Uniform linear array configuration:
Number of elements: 32
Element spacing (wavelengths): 0.5
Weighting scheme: uniform
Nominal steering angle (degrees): -30
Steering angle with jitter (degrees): -28.241
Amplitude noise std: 0.05
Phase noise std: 0.05

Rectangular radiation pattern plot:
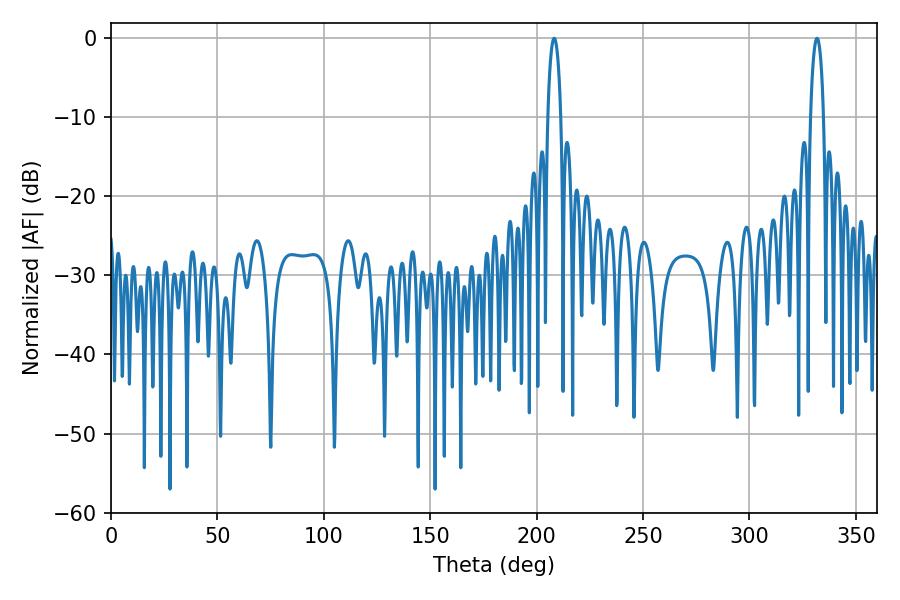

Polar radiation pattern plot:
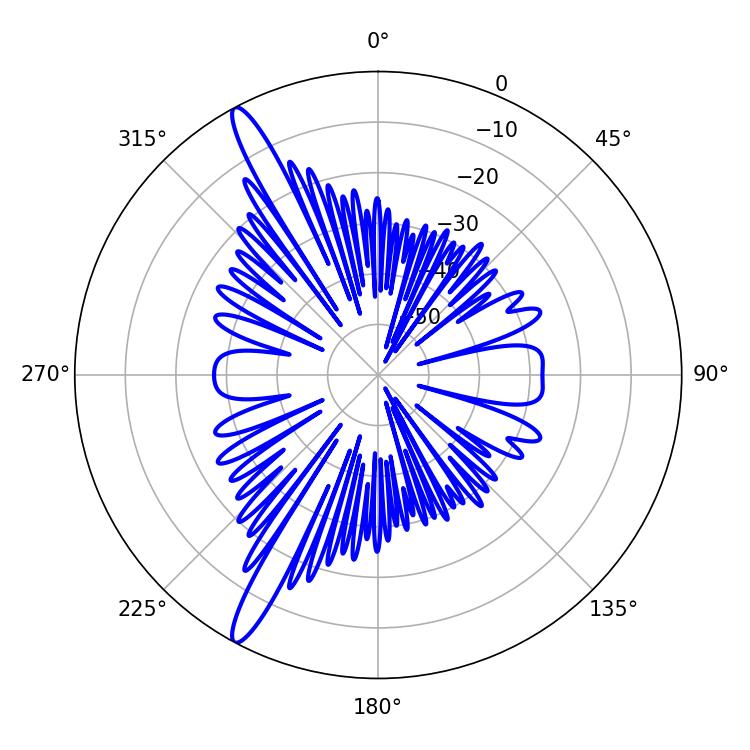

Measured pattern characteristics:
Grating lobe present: FALSE
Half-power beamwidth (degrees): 3.6
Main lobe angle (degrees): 331.74